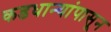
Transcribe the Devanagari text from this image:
कडधान्यांपासून